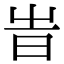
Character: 旹